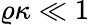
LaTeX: \varrho\kappa\ll 1